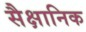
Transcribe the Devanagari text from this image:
सैक्षानिक